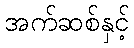
အက်ဆစ်နှင့်